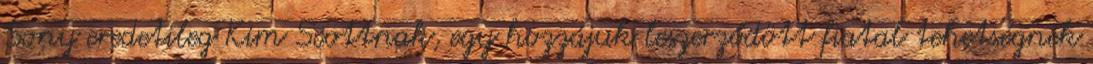
Sony eredetileg Kim Scottnak, egy hozzájuk leszerződött fiatal tehetségnek